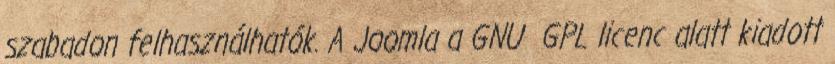
szabadon felhasználhatók. A Joomla a GNU GPL licenc alatt kiadott